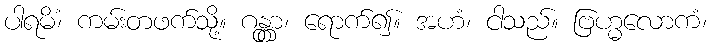
ပါရမိံ၊ ကမ်းတဖက်သို့။ ဂန္တွာ၊ ရောက်၍။ အဟံ၊ ငါသည်။ ဗြဟ္မလောကံ၊